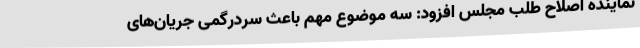
نماینده اصلاح طلب مجلس افزود: سه موضوع مهم باعث سردرگمی جریان‌های